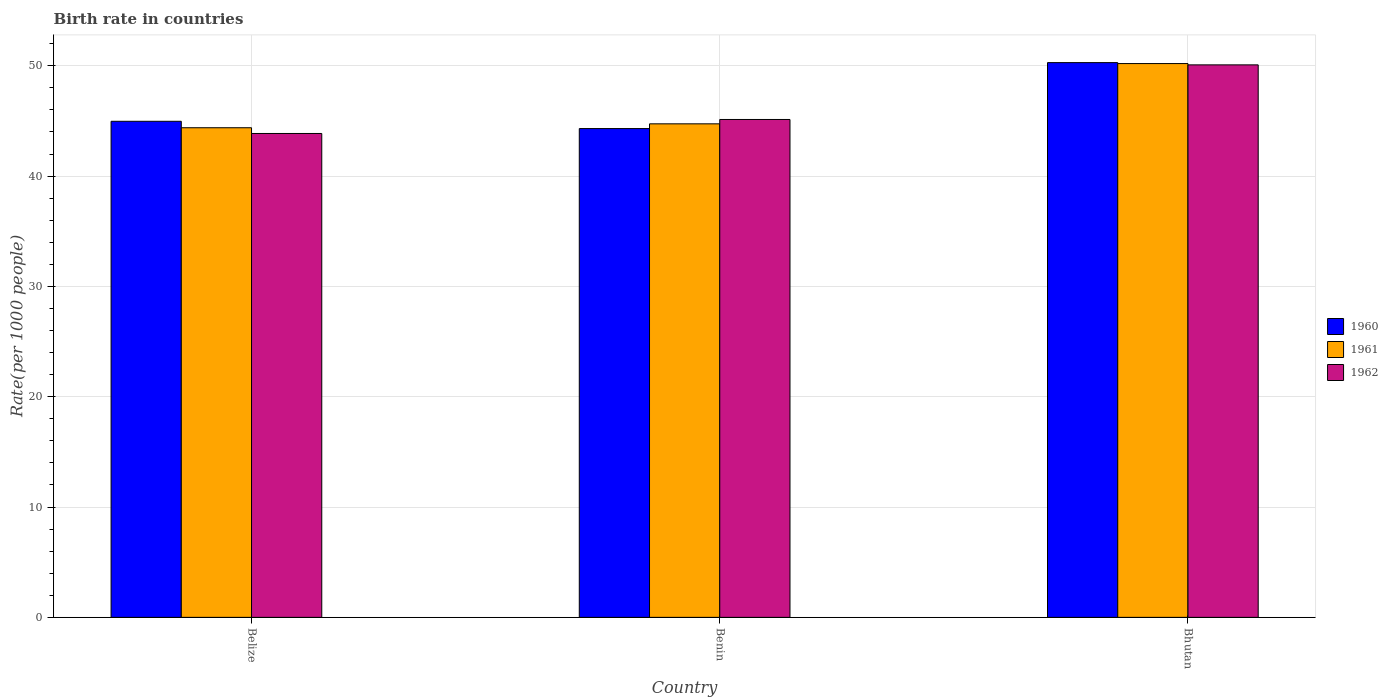
| Country | 1960 | 1961 | 1962 |
 | --- | --- | --- | --- |
 | Belize | 45 | 44.4 | 43.9 |
 | Benin | 44.3 | 44.7 | 45.1 |
 | Bhutan | 50.3 | 50.2 | 50.1 |